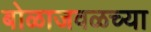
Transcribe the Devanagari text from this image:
बोळाजवळच्या